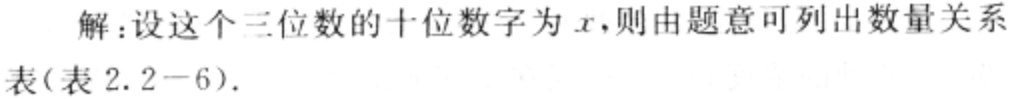
解：设这个三位数的十位数字为\(x\)，则由题意可列出数量关系表(表2.2 - 6).